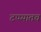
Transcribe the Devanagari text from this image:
टप्प्यातच